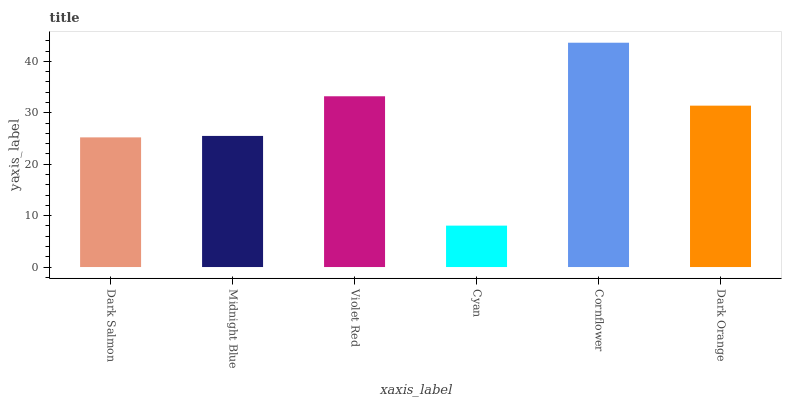
| xaxis_label | bars |
 | --- | --- |
 | Dark Salmon | 25.2 |
 | Midnight Blue | 25.5 |
 | Violet Red | 33.2 |
 | Cyan | 8.05 |
 | Cornflower | 43.6 |
 | Dark Orange | 31.4 |